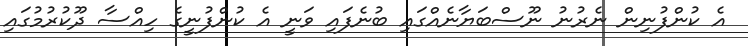
އެ ކުންފުނިން ނެރުނު ނޫސްބަޔާނެއްގައި ބުނެފައި ވަނީ އެ ކުންފުނީގެ ހިއްސާ ދޫކުރުމުގައި